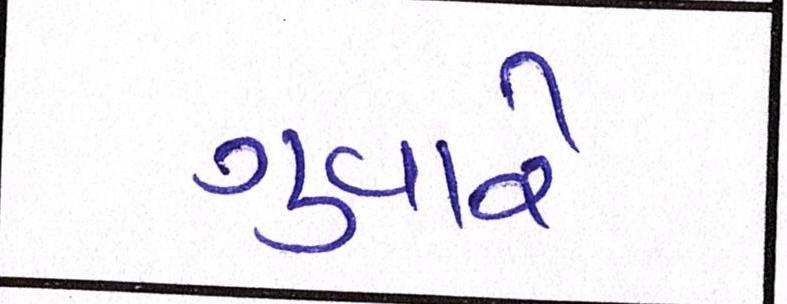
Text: ગુવારે